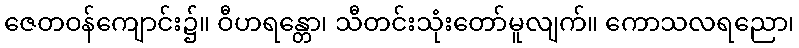
ဇေတဝန်ကျောင်း၌။ ဝီဟရန္တော၊ သီတင်းသုံးတော်မူလျက်။ ကောသလရညော၊